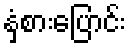
နှံစားပြောင်း